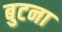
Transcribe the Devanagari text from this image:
बुटना